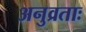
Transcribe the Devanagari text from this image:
अनुव्रताः